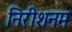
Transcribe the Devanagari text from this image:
निरीशनम